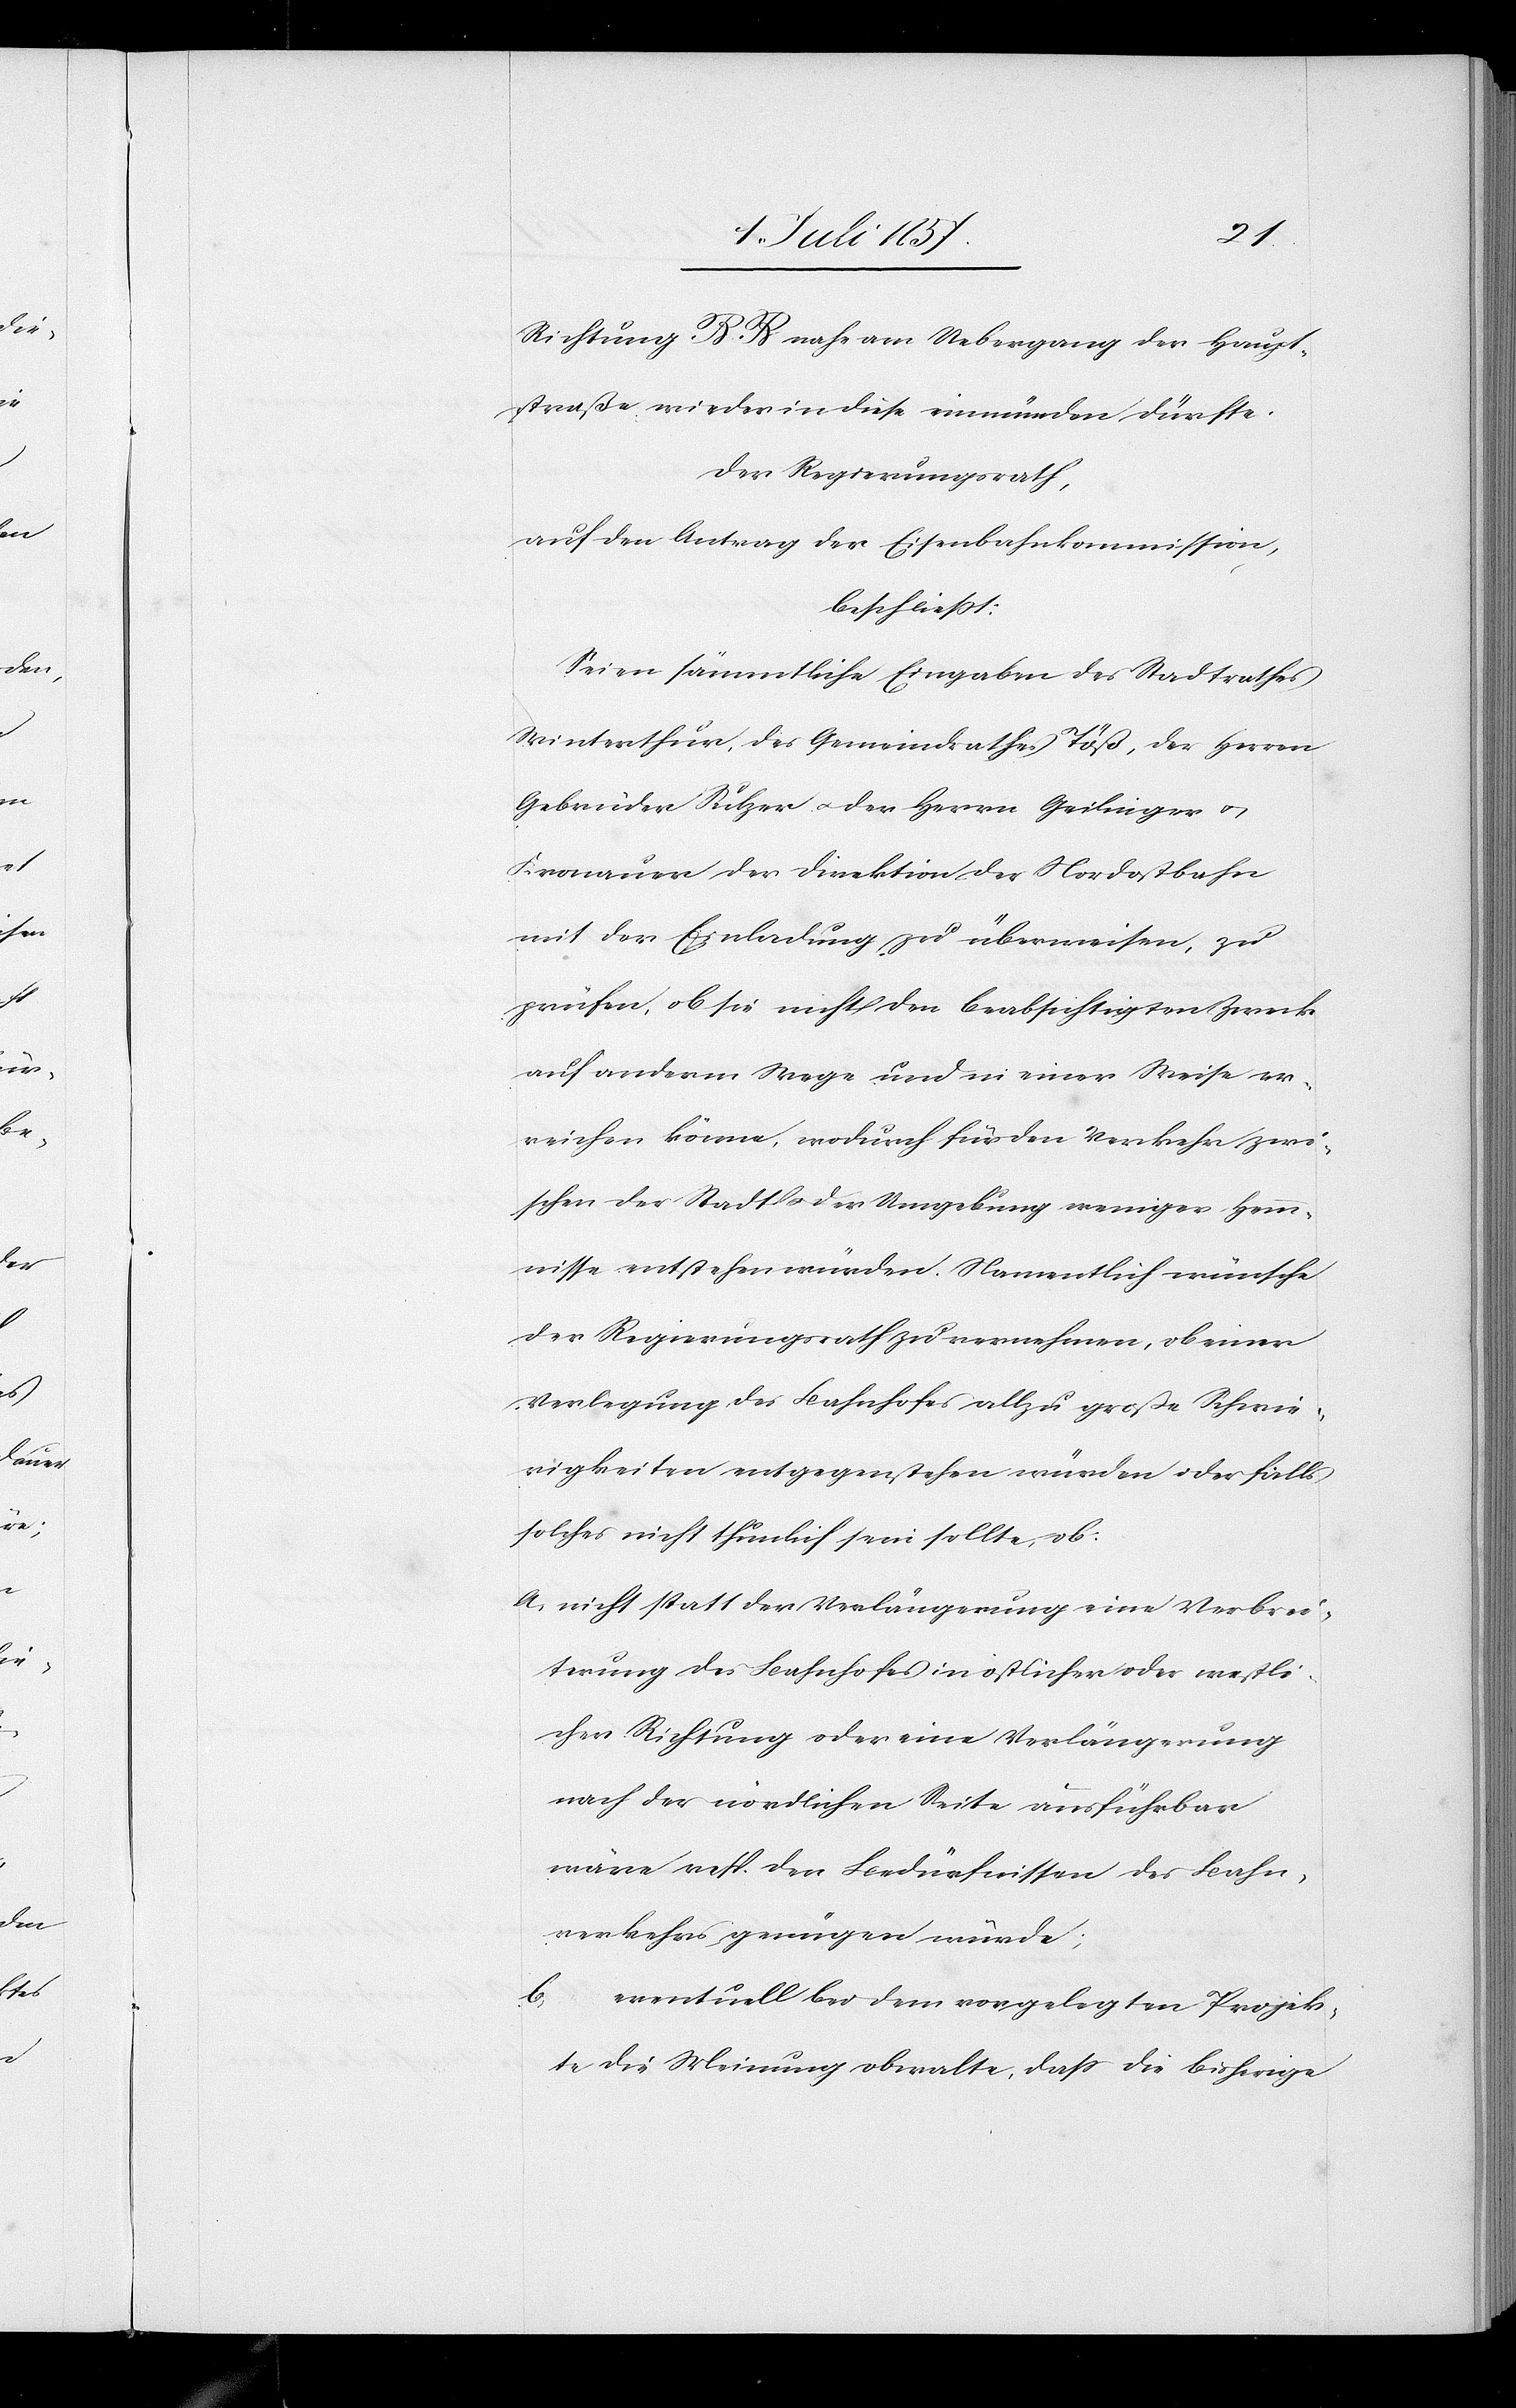
Richtung R. R. nahe am Uebergang der Haupt¬
straße wieder in diese einmünden dürfte.
Der Regierungsrath,
auf den Antrag der Eisenbahnkommission,
beschließt:
Seien sämmtliche Eingaben des Stadtrathes
Winterthur, des Gemeindrathes Töß, der Herren
Gebrüder Sulzer & der Herrn Geilinger &
Kronauer der Direktion der Nordostbahn
mit der Einladung zu überweisen, zu
prüfen, ob sie nicht den beabsichtigten Zweck
auf anderm Wege und in einer Weise er¬
reichen könne, wodurch für den Verkehr zwi¬
schen der Stadt und der Umgebung weniger Hem¬
mnisse entstehen würden. Namentlich wünsche
der Regierungsrath zu vernehmen, ob einer
Verlegung des Bahnhofes allzu große Schwie¬
rigkeiten entgegen stehen würden oder falls
solches nicht thunlich sein sollte, ob:
a. nicht statt der Verlängerung eine Verbrei¬
terung des Bahnhofes in östlicher oder westli¬
cher Richtung oder eine Verlängerung
nach der nördlichen Seite ausführbar
wäre resp. den Bedürfnissen des Bahn¬
verkehrs genügen würde;
b. eventuell bei dem vorgelegten Projek¬
te die Meinung obwalte, dass die bisherige